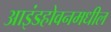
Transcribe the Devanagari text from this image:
आइंडहोवनमधील